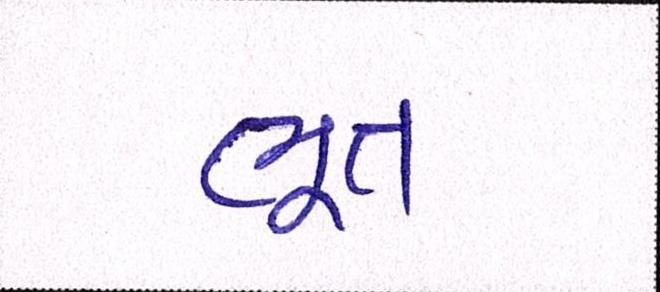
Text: ભૂત